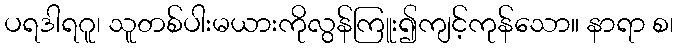
ပရဒါရဂူ၊ သူတစ်ပါးမယားကိုလွန်ကြူး၍ကျင့်ကုန်သော။ နာရာ စ၊